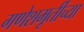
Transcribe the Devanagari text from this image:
गणेशमूर्तीच्या